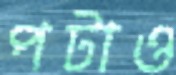
পটাও